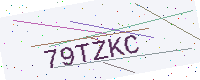
Text: 79TZKC